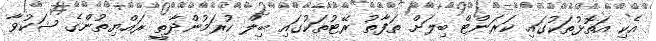
އެކި އަތޮޅުތަކުގައި ކަރަންޓް ބިލަށް ތަފާތު ރޭޓުތަކުގައި ބިލް ކުރަމުންދާތީ ރައްޔިތުންގެ ޝަކުވާ